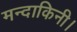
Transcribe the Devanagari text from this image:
मन्दाकिनी।